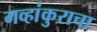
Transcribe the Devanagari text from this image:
गव्हांकुराचा